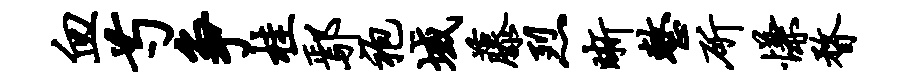
血芍争桂鄢袍域藤烈晰整斫慊瞀